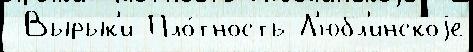
 Вырык'и Пло́тность Л'юбл'инскоjе